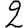
Digit: 2